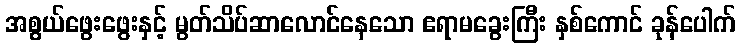
အစွယ်ဖွေးဖွေးနှင့် မွတ်သိပ်ဆာလောင်နေသော ဧရာမခွေးကြီး နှစ်ကောင် ခုန်ပေါက်